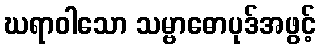
ဃရာဝါသော သမ္ဗာဓောပုဒ်အဖွင့်